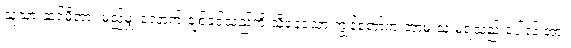
သူ့သားဆင်မီအား မည်မျှ လောက် ချစ်ခင်သည်ကို သိနေသော ကျွန်တော်က ဘာမှ သုံးမရသည့် ပေါလ် အား